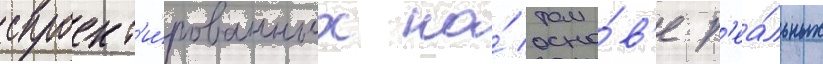
спроект'и́рованных на́ осно́в'е р'еа́льных